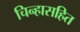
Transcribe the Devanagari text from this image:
चिन्हासहित